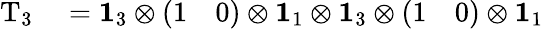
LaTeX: \begin{array}{rl}{\mathrm{T}_{3}}&{{}=\mathbf{1}_{3}\otimes\left(\begin{array}{ll}{1}&{0}\end{array}\right)\otimes\mathbf{1}_{1}\otimes\mathbf{1}_{3}\otimes\left(\begin{array}{ll}{1}&{0}\end{array}\right)\otimes\mathbf{1}_{1}}\end{array}